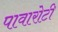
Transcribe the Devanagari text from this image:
पावारोटी